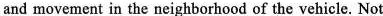
and movement in the neighborhood of the vehicle. Not